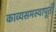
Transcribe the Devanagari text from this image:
काव्यसमस्यापूर्ती